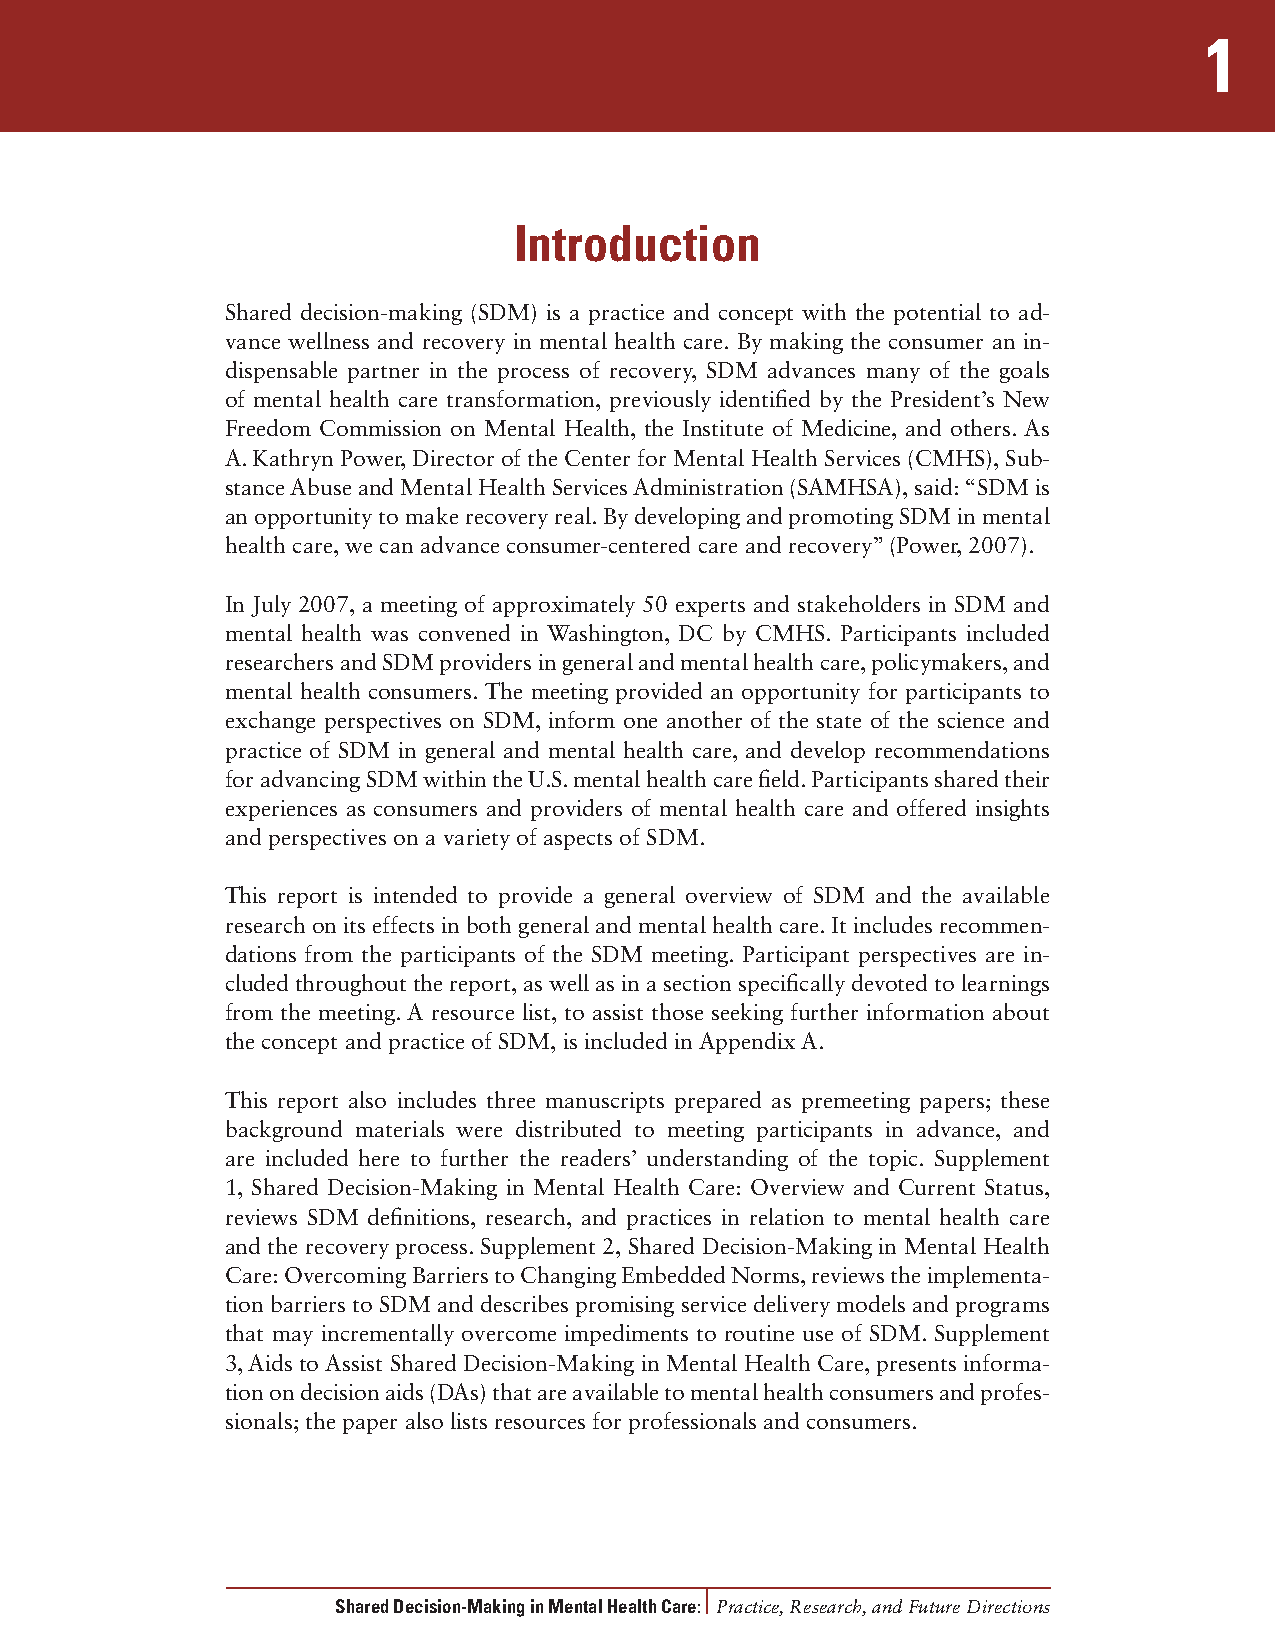
1
 Introduction
 Shared decision-making (SDM) is a practice and concept with the potential to ad-
 vance wellness and recovery in mental health care. By making the consumer an in-
 dispensable partner in the process of recovery, SDM advances many of the goals
 of mental health care transformation, previously identified by the President’s New
 Freedom Commission on Mental Health, the Institute of Medicine, and others. As
 A. Kathryn Power, Director of the Center for Mental Health Services (CMHS), Sub-
 stance Abuse and Mental Health Services Administration (SAMHSA), said: “SDM is
 an opportunity to make recovery real. By developing and promoting SDM in mental
 health care, we can advance consumer-centered care and recovery” (Power, 2007).
 In July 2007, a meeting of approximately 50 experts and stakeholders in SDM and
 mental health was convened in Washington, DC by CMHS. Participants included
 researchers and SDM providers in general and mental health care, policymakers, and
 mental health consumers. The meeting provided an opportunity for participants to
 exchange perspectives on SDM, inform one another of the state of the science and
 practice of SDM in general and mental health care, and develop recommendations
 for advancing SDM within the U.S. mental health care field. Participants shared their
 experiences as consumers and providers of mental health care and offered insights
 and perspectives on a variety of aspects of SDM.
 This report is intended to provide a general overview of SDM and the available
 research on its effects in both general and mental health care. It includes recommen-
 dations from the participants of the SDM meeting. Participant perspectives are in-
 cluded throughout the report, as well as in a section specifically devoted to learnings
 from the meeting. A resource list, to assist those seeking further information about
 the concept and practice of SDM, is included in Appendix A.
 This report also includes three manuscripts prepared as premeeting papers; these
 background materials were distributed to meeting participants in advance, and
 are included here to further the readers’ understanding of the topic. Supplement
 1, Shared Decision-Making in Mental Health Care: Overview and Current Status,
 reviews SDM definitions, research, and practices in relation to mental health care
 and the recovery process. Supplement 2, Shared Decision-Making in Mental Health
 Care: Overcoming Barriers to Changing Embedded Norms, reviews the implementa-
 tion barriers to SDM and describes promising service delivery models and programs
 that may incrementally overcome impediments to routine use of SDM. Supplement
 3, Aids to Assist Shared Decision-Making in Mental Health Care, presents informa-
 tion on decision aids (DAs) that are available to mental health consumers and profes-
 sionals; the paper also lists resources for professionals and consumers.
 Shared Decision-Making in Mental Health Care: Practice, Research, and Future Directions